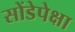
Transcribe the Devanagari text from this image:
सोंडेपेक्षा